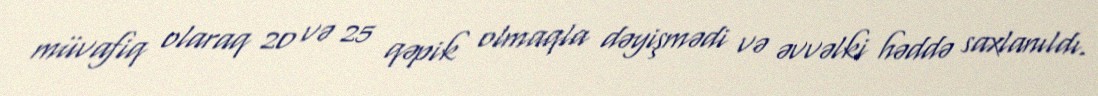
müvafiq olaraq 20 və 25 qəpik olmaqla dəyişmədi və əvvəlki həddə saxlanıldı.